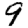
Digit: 9